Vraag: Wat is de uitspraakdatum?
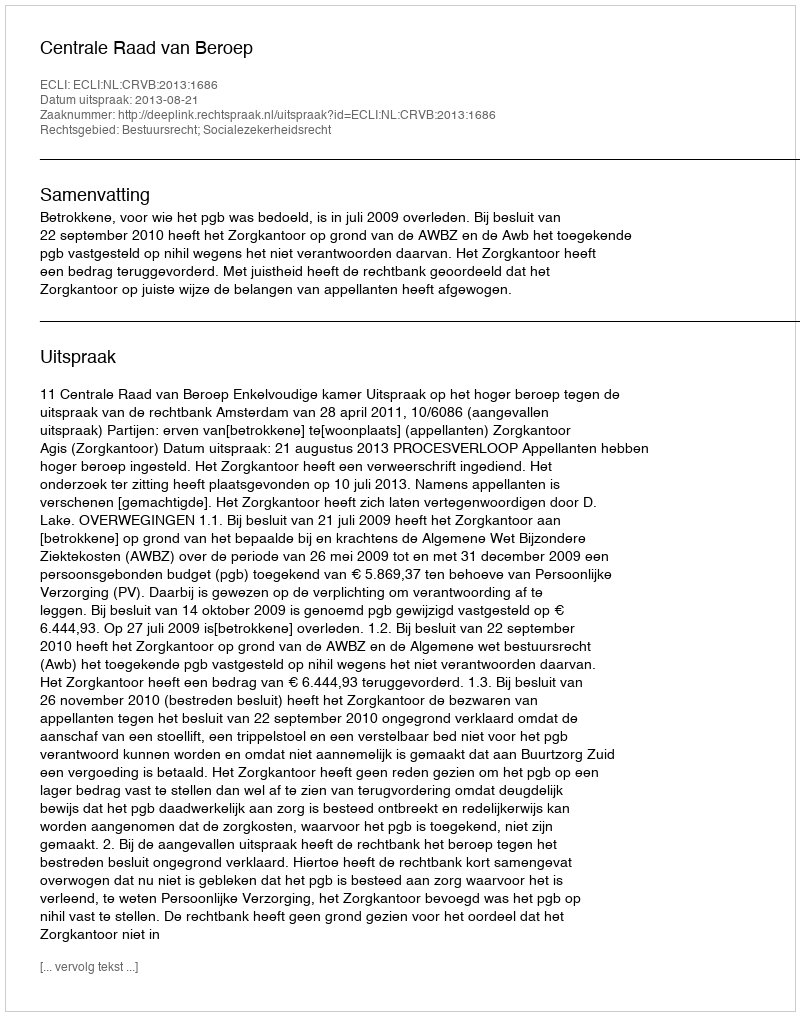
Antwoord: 2013-08-21